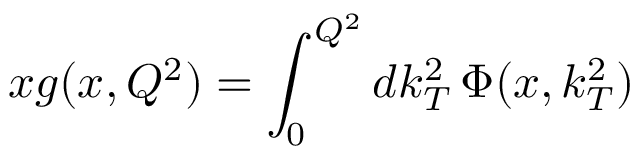
x g ( x , Q ^ { 2 } ) = \int _ { 0 } ^ { Q ^ { 2 } } d k _ { T } ^ { 2 } \, \Phi ( x , k _ { T } ^ { 2 } )